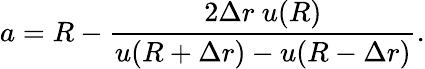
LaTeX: a=R-\frac{2\Delta r\ u(R)}{u(R+\Delta r)-u(R-\Delta r)}.